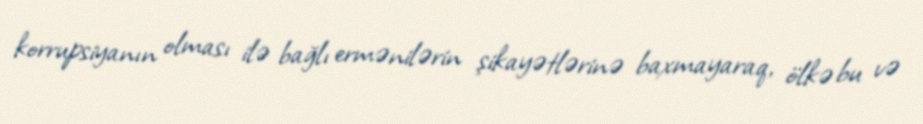
korrupsiyanın olması ilə bağlı ermənilərin şikayətlərinə baxmayaraq, ölkə bu və